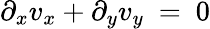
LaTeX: \partial_{x}v_{x}+\partial_{y}v_{y}\ =\ 0